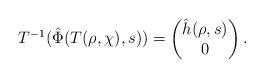
LaTeX: \begin{align*}T^{-1}(\hat \Phi(T(\rho,\chi),s)) = \begin{pmatrix}\hat h(\rho,s)\\ 0\end{pmatrix}.\end{align*}